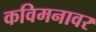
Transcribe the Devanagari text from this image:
कविमनावर